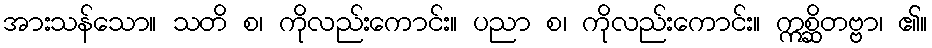
အားသန်သော။ သတိ စ၊ ကိုလည်းကောင်း။ ပညာ စ၊ ကိုလည်းကောင်း။ ဣစ္ဆိတဗ္ဗာ၊ ၏။